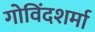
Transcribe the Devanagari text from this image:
गोविंदशर्मा